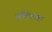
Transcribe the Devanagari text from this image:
अतिचाल